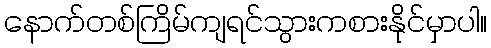
နောက်တစ်ကြိမ်ကျရင်သွားကစားနိုင်မှာပါ။